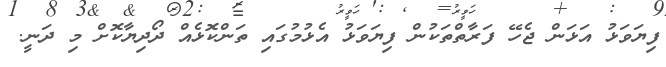
ފިޔަވަޅު އަޅަން ޖެހޭ ފަރާތްތަކުން ފިޔަވަޅު އެޅުމުގައި ތަންކޮޅެއް ދޯދިޔާކޮށް މި ދަނީ.